Language: tamil
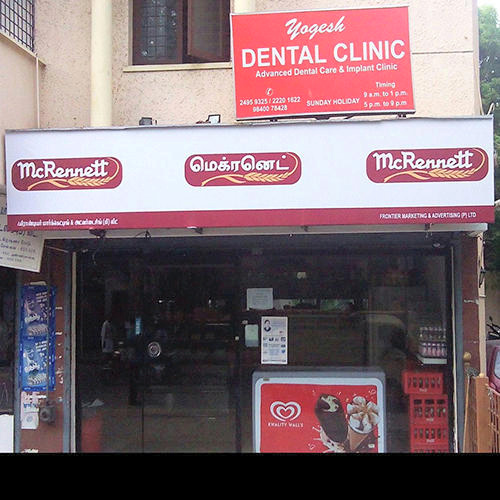
Transcription: மெக்ரனெட்